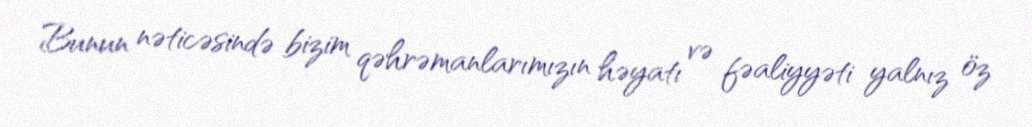
Bunun nəticəsində bizim qəhrəmanlarımızın həyatı və fəaliyyəti yalnız öz